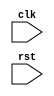
module APB_Controller (
    input wire clk, // Clock signal
    input wire rst, // Reset signal
    // Add inputs and outputs for data transactions and bus control signals
);

    // Add submodule instantiations for timing control, synchronization, and arbitration

    // Add logic to control timing of data transactions and synchronization

    // Add logic to handle signal conversions and adjustments

    // Add logic to manage bus access arbitration between devices

endmodule